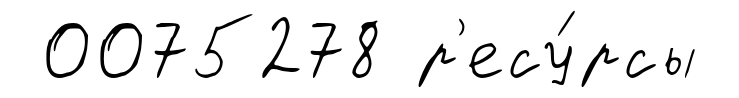
0075278 р'есу́рсы